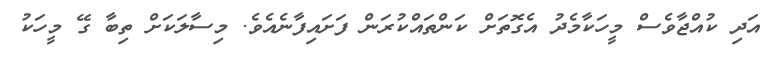
އަދި ކުއްޖާވެސް މީހަކާމެދު އެގޮތަށް ކަންތައްކުރަން ފަށައިފާނެއެވެ. މިސާލަކަށް ތިބާ ގޭ މީހަކު